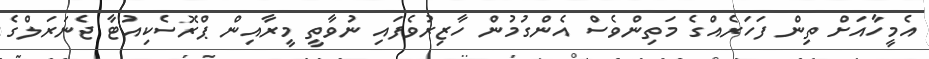
އެމީހާއަށް ތިން ފަހަރެއްގެ މަތިންވެސް އެންގުމުން ހާޒިރުވެފައި ނުވާތީ މީރާއިން ޕްރޮސެކިއުޓާ ޖެނަރަލްގެ